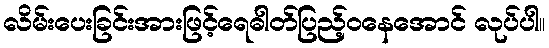
လိမ်းပေးခြင်းအားဖြင့်ရေဓါတ်ပြည့်ဝနေအောင် လုပ်ပါ။